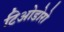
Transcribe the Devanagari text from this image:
टिओडोरो